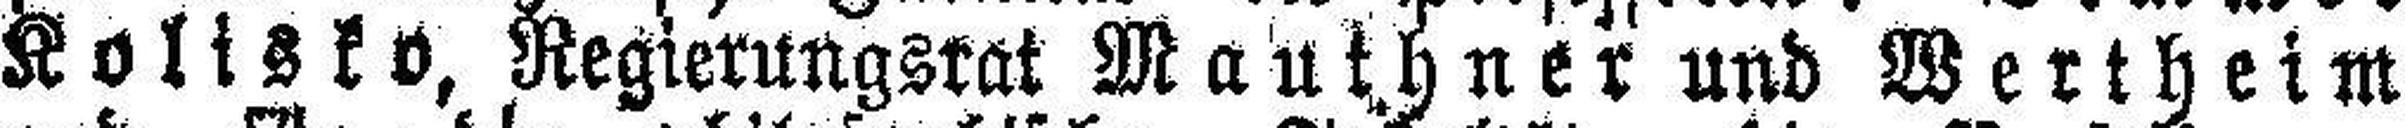
Kolisko, Regierungsrat Mauthner und Wertheim